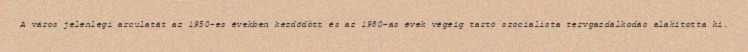
A város jelenlegi arculatát az 1950-es években kezdődött és az 1980-as évek végéig tartó szocialista tervgazdálkodás alakította ki.